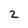
Character: 2